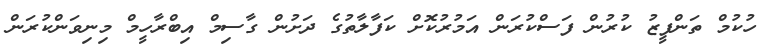
ހުކުމް ތަންފީޒު ކުރުން ފަސްކުރަން އަމުރުކޮށް ކަފާލާތުގެ ދަށުން ގާސިމް އިބްރާހީމް މިނިވަންކުރަން